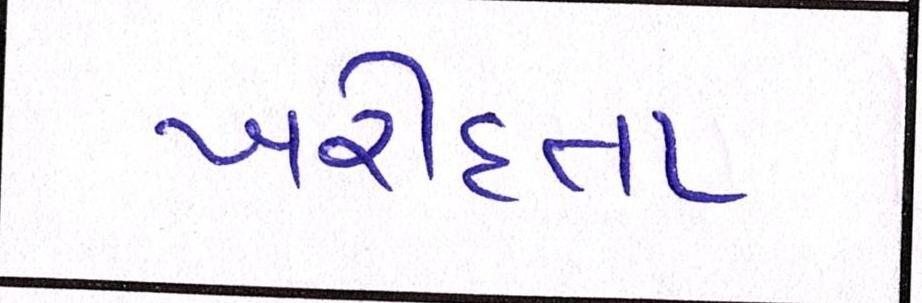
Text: ખરીદતા